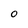
Character: O